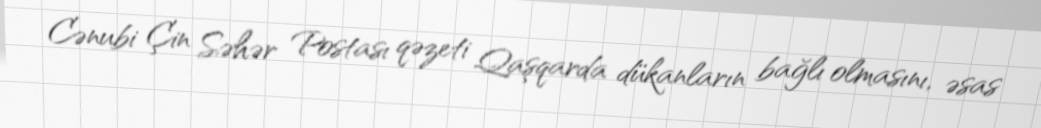
Cənubi Çin Səhər Postası qəzeti Qaşqarda dükanların bağlı olmasını, əsas